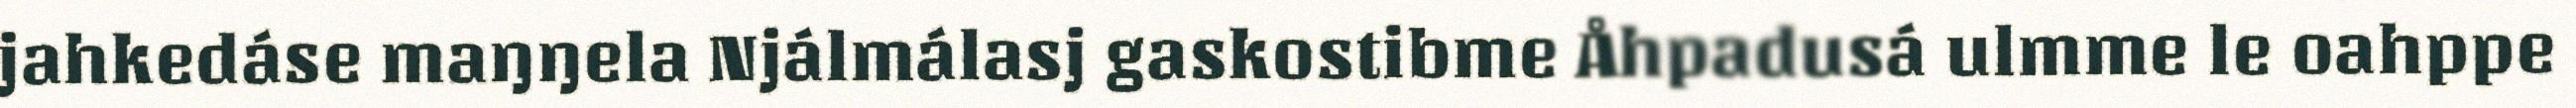
jahkedáse maŋŋela Njálmálasj gaskostibme Åhpadusá ulmme le oahppe